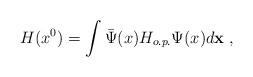
LaTeX: \begin{align*}H(x^0)=\int\bar{\Psi}(x)H_{o.p.}\Psi (x)d{\bf x}\;,\end{align*}